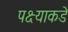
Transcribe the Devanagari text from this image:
पक्ष्याकडे